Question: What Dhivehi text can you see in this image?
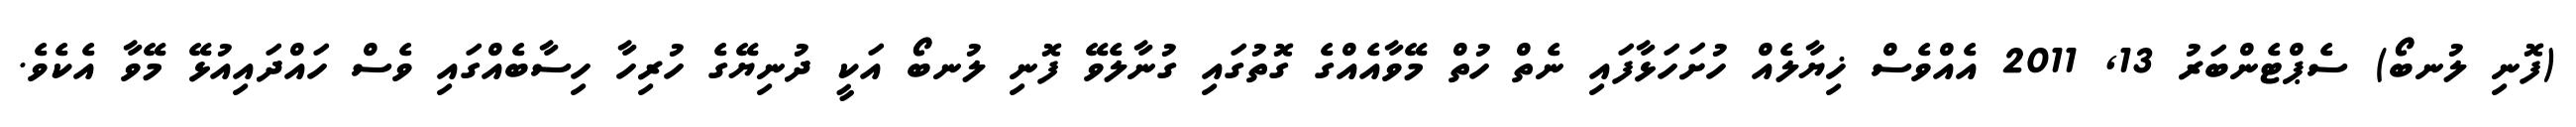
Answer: (ފޮނި ލުނބޯ) ސެޕްޓެންބަރު 13, 2011 އެއްވެސް ޚިޔާލެއް ހުށަހަޅާފައި ނެތް ހުތް މޭވާއެއްގެ ގޮތުގައި ގުނާލެވޭ ފޮނި ލުނބޯ އަކީ ދުނިޔޭގެ ހުރިހާ ހިސާބެއްގައި ވެސް ހައްދައިއުޅޭ މޭވާ އެކެވެ.